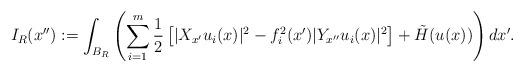
LaTeX: \begin{align*}I_R(x''):=\int_{B_R}\left( \sum_{i=1}^{m} \frac{1}{2} \left[ |X_{x'} u_i(x)|^2 -f_i^2(x') |Y_{x''}u_i(x)|^2 \right] + \tilde H(u(x)) \right) d x'. \end{align*}